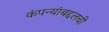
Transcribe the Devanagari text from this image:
कंपन्यांबद्दलची